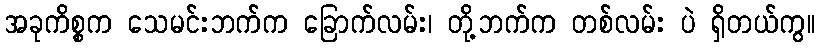
အခုကိစ္စက သေမင်းဘက်က ခြောက်လမ်း၊ တို့ဘက်က တစ်လမ်း ပဲ ရှိတယ်ကွ။